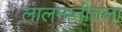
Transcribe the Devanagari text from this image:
लालमातीतला